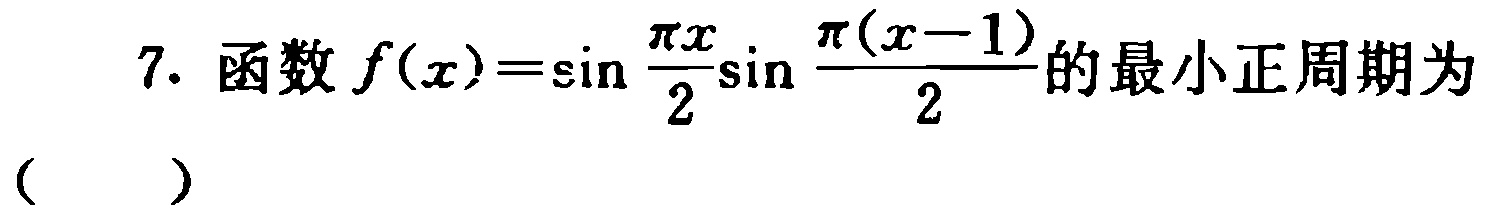
7. 函数$f(x)=\sin\frac{\pi x}{2}\sin\frac{\pi(x - 1)}{2}$的最小正周期为

（  ）